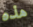
هذه